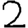
Digit: 2